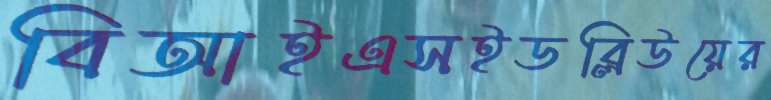
বিআইএসইডব্লিউয়ের